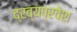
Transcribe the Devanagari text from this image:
द्रव्यप्रवेश